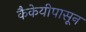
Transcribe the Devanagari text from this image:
कैकेयीपासून